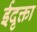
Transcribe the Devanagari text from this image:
ईदृक्ता